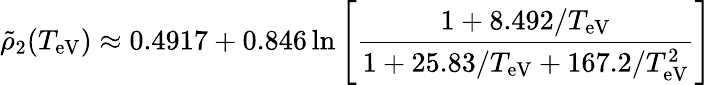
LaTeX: \tilde{\rho}_{2}(T_{\mathrm{eV}})\approx 0.4917+0.846\ln\left[\frac{1+8.492/T_{\mathrm{eV}}}{1+25.83/T_{\mathrm{eV}}+167.2/T_{\mathrm{eV}}^{2}}\right]